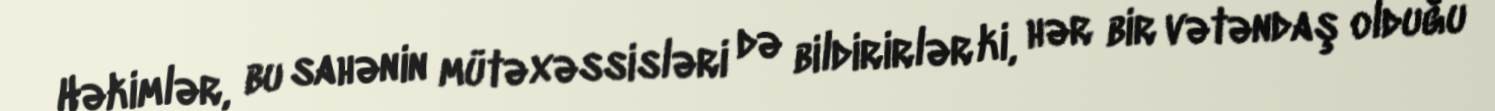
Həkimlər, bu sahənin mütəxəssisləri də bildirirlər ki, hər bir vətəndaş olduğu